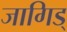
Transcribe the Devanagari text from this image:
जागिड्